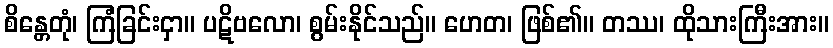
စိန္တေတုံ၊ ကြံခြင်းငှာ။ ပဋိဗလော၊ စွမ်းနိုင်သည်။ ဟေတ၊ ဖြစ်၏။ တဿ၊ ထိုသားကြီးအား။